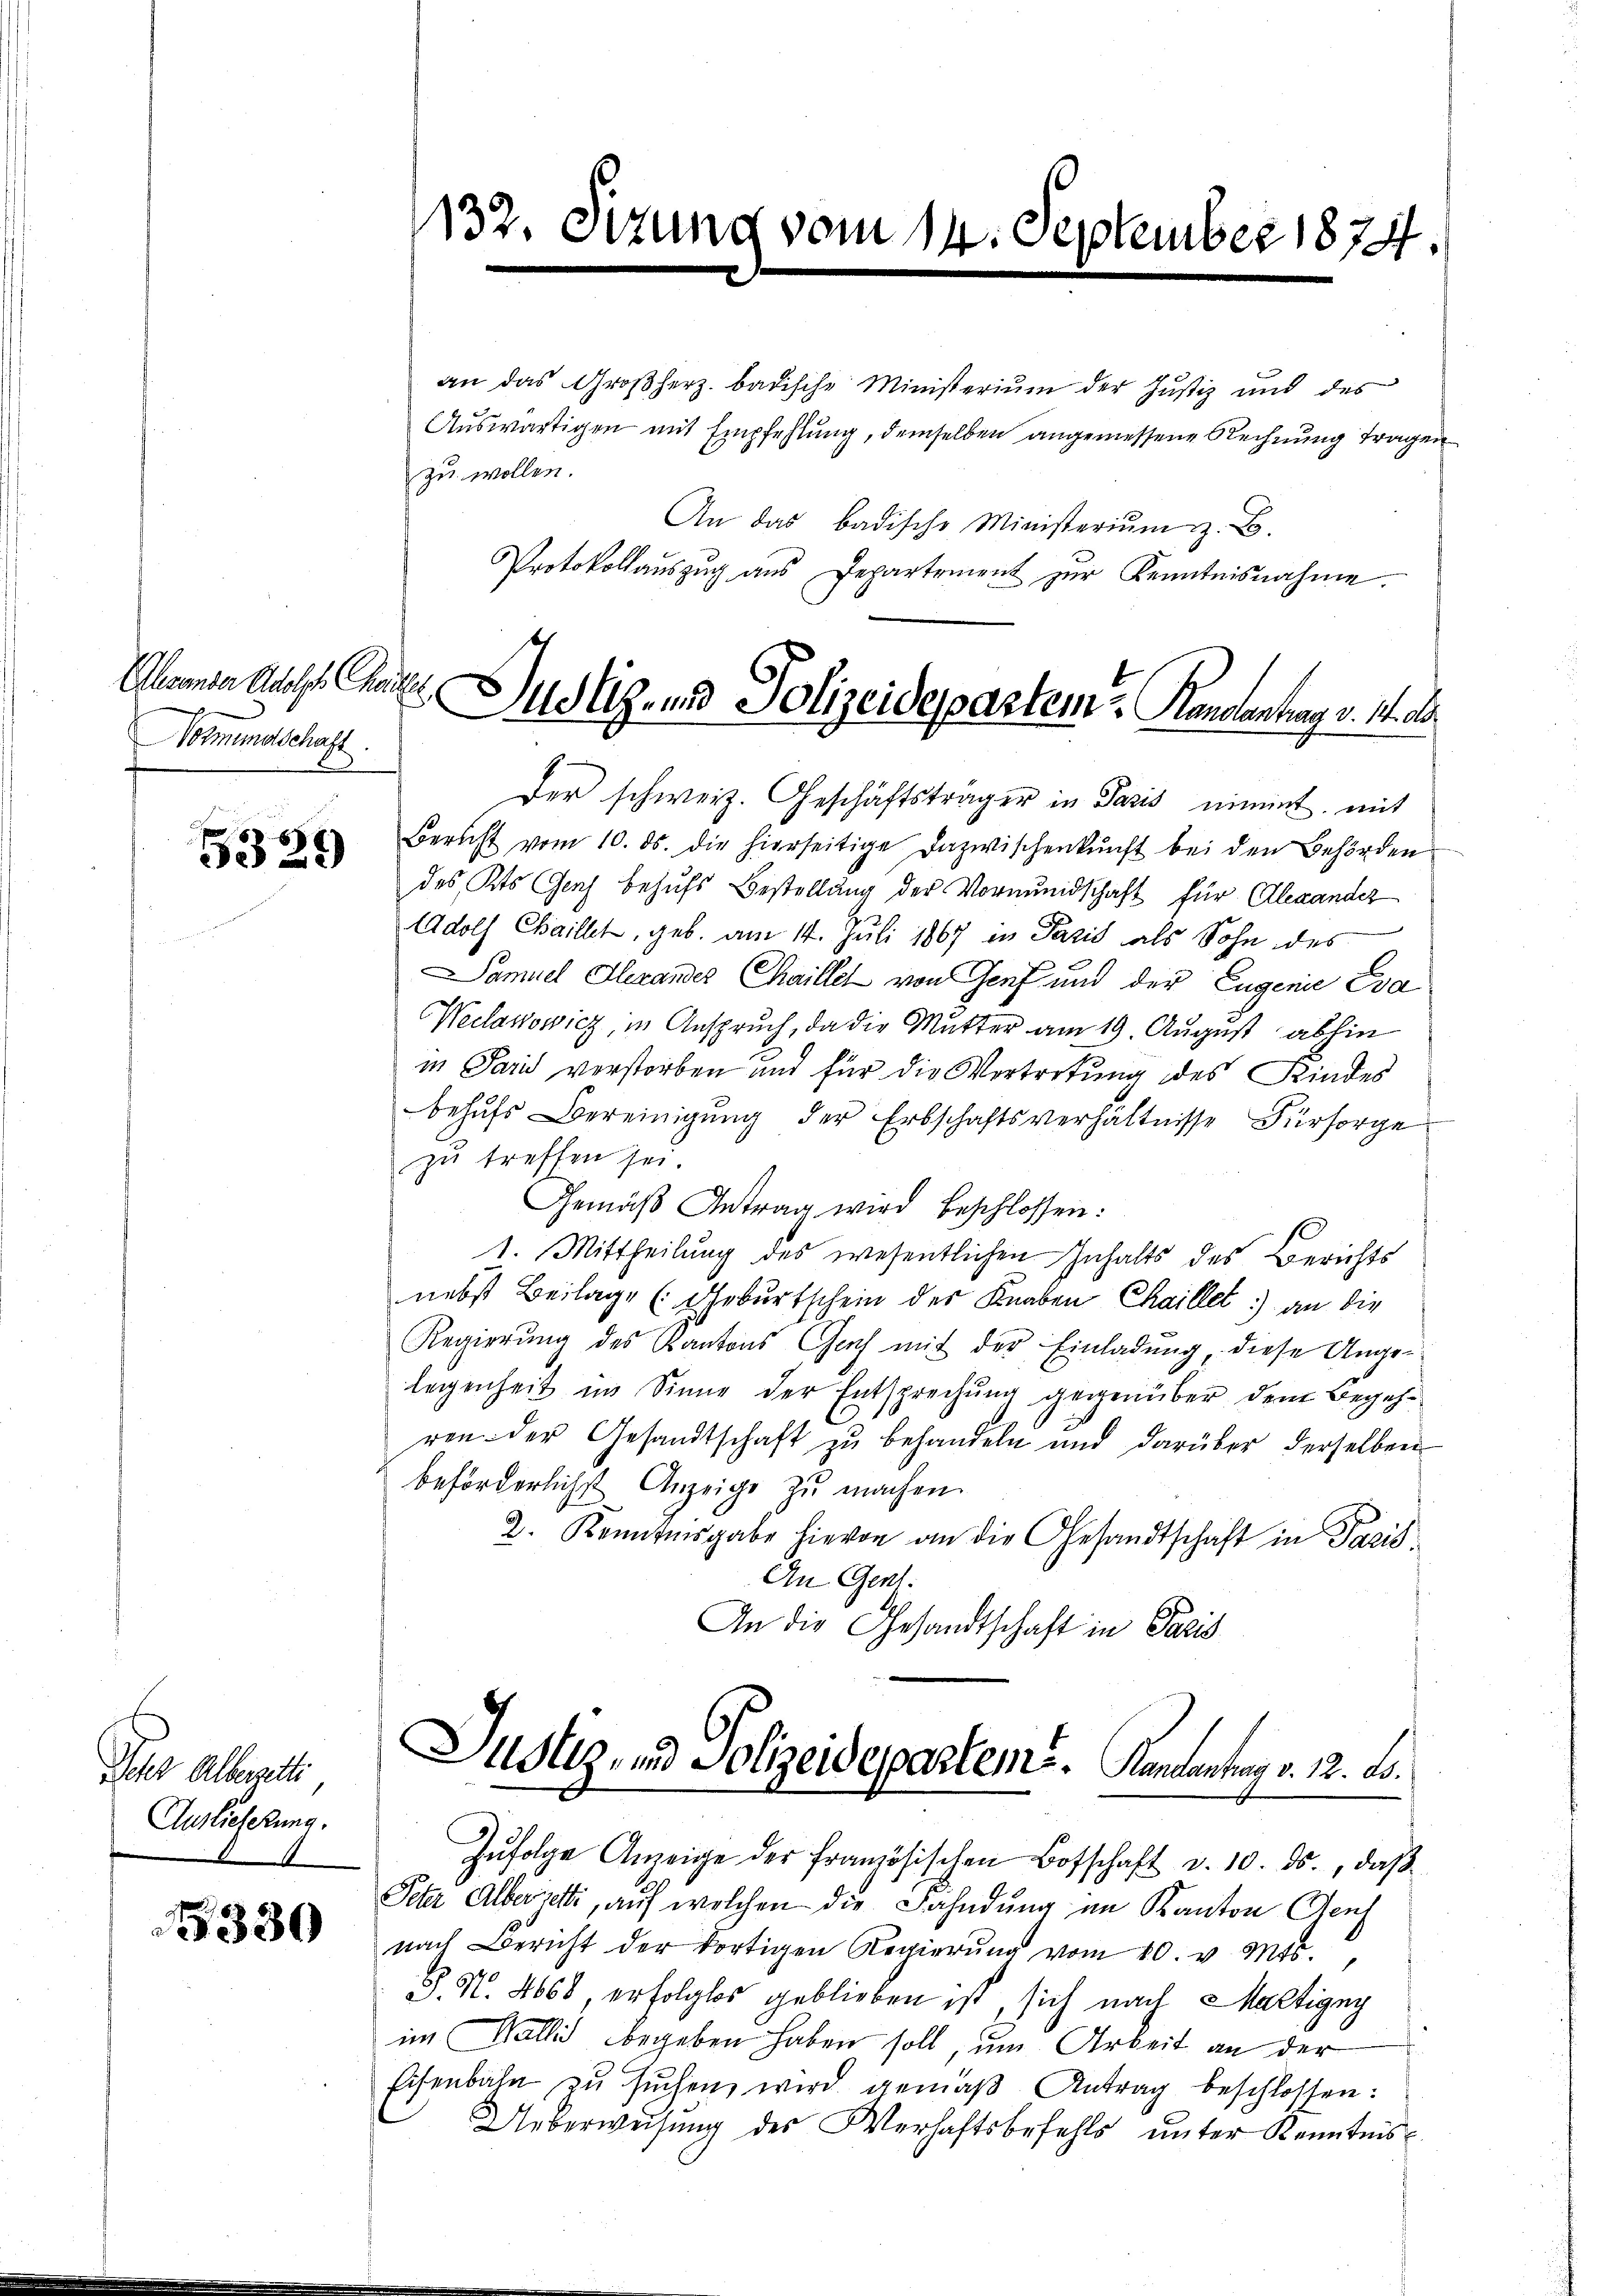
Normundschaft.

329)

Ichr Alberzette
Auslieferung.

330

an das Großherz badische Ministerium der Justiz und des
Auswärtigen mit Empfehlung, demselben angemessene Rechnung tragen
zu wollen.
An das badische Ministerium z. B.
Protokollaŭszŭg aŭs Departement zŭr Kenntnisnahme.
Der schweiz. Geschäftsträger in Paris nimmt, mit
Bericht vom 10. ds. die hierseitige Dazwischenkunft bei den Behörden
des Kts. Genf behufs Bestellung der Vormundschaft für Alexander
Adolf Chaillet, geb. am 14. Juli 1867 in Paris als Sohn des
Samuel Alexandes Chaillel von Genf und der Eugenie Eva
Weilanowicz, in Anspruch, da die Mutter am 19. August abhin
in Paris verstorben und für die Vortretung des Kindes
behŭfs Bereinigŭng der Erbschaftsverhältnisse Fürsorge
zŭ treffen sei.
Gemäβ Antrag wird beschlossen:
1. Mittheilung des wesentlichen Inhalts des Berichts
nebst Beilage (Geburtschein der Knaben Chaillet) an die
Regierung des Kantons Cach mit der Einladung, diese Angeleggenheit im Sinne der Entsprechung gegenüber dem Begehren der Gesandtschaft zu behandeln und darüber derselben
beförderlichst Anzeige zu machen.
2. Kenntnisgabe hievon an die Gesandtschaft in Paris¬
An Gent.
An die Gesandtschaft in Paris

Abende aus Chaler Justiz- und Polizeidepartem Randentrag v. 14. d

1132. Sizur

s

Justiz- und Polizeidesparteme.   Handantrag v. 12. Fr.
Zŭfolge Anzeige der französischen Botschaft d. 10. ds., daβ

Peter Alberette, auf welchen die Fahndung im Kanton Aeuf
nach Bericht der dortigen Regierŭng vom 10. v. Mts.
S. Nr. 4668 erfolglos geblieben ist, sich nach Martigny
im Wallis begeben haben soll, um Arbeit an der
Eisenbahn zu suchen wird gemäß Antrag beschlossen:
Ueberweisung des Verhaftsbefehls unter Kenntnis

.

ember 1874.